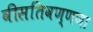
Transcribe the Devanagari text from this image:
वीसतिवण्णणा